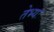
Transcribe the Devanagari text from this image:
तेभ्यः